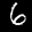
Label: 6